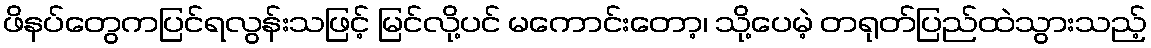
ဖိနပ်တွေကပြင်ရလွန်းသဖြင့် မြင်လို့ပင် မကောင်းတော့၊ သို့ပေမဲ့ တရုတ်ပြည်ထဲသွားသည့်